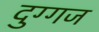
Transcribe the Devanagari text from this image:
दुग्गज